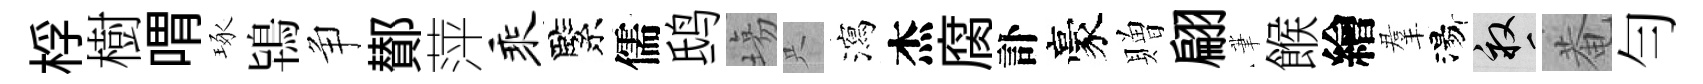
桴樹喟琢鴇争鄼萍乘緊儒鸱塲只瀉杰腐訃豪贈翩茟餱繪羣湯畝菴勻